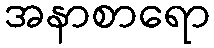
အနာစာရော